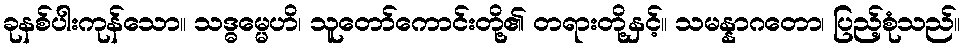
ခုနစ်ပါးကုန်သော။ သဒ္ဓမ္မေဟိ၊ သူတော်ကောင်းတို့၏ တရားတို့နှင့်။ သမန္နာဂတော၊ ပြည့်စုံသည်။